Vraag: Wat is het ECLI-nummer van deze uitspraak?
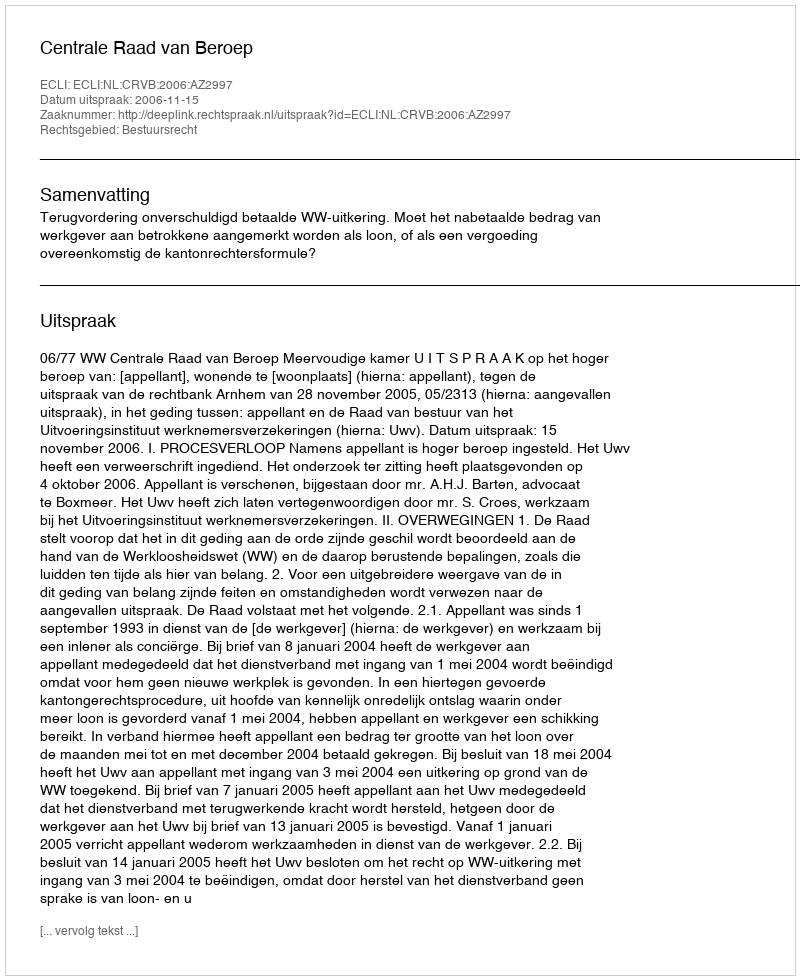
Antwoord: ECLI:NL:CRVB:2006:AZ2997